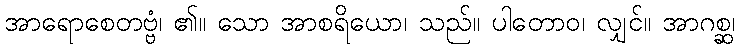
အာရောစေတဗ္ဗံ၊ ၏။ သော အာစရိယော၊ သည်။ ပါတောဝ၊ လျှင်။ အာဂစ္ဆ၊